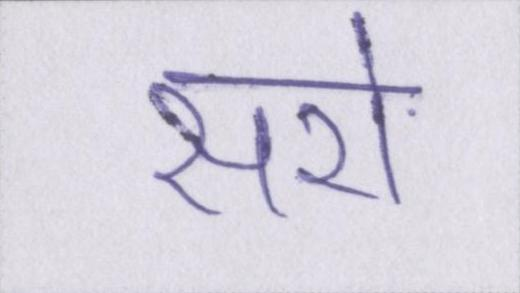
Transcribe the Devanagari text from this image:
सरो